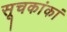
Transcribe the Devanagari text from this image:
सूचकांकां